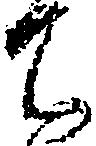
ち